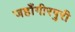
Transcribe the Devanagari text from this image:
जहाँगीरपुरी